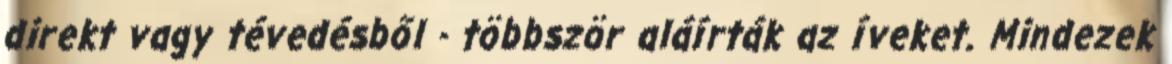
direkt vagy tévedésből - többször aláírták az íveket. Mindezek